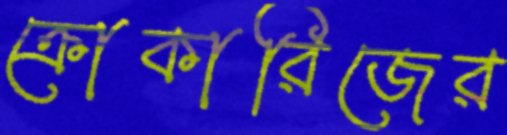
ক্রোকারিজের